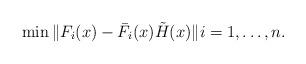
LaTeX: \begin{align*} \min\|F_i(x)-\bar{F}_i(x)\tilde{H}(x)\|i=1, \dots, n.\end{align*}